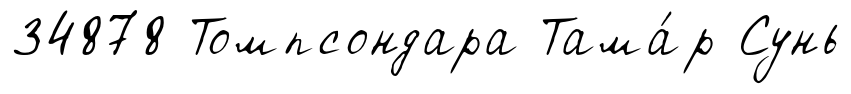
34878 Томпсондара Тама́р Сунь